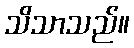
သိသာသည်။